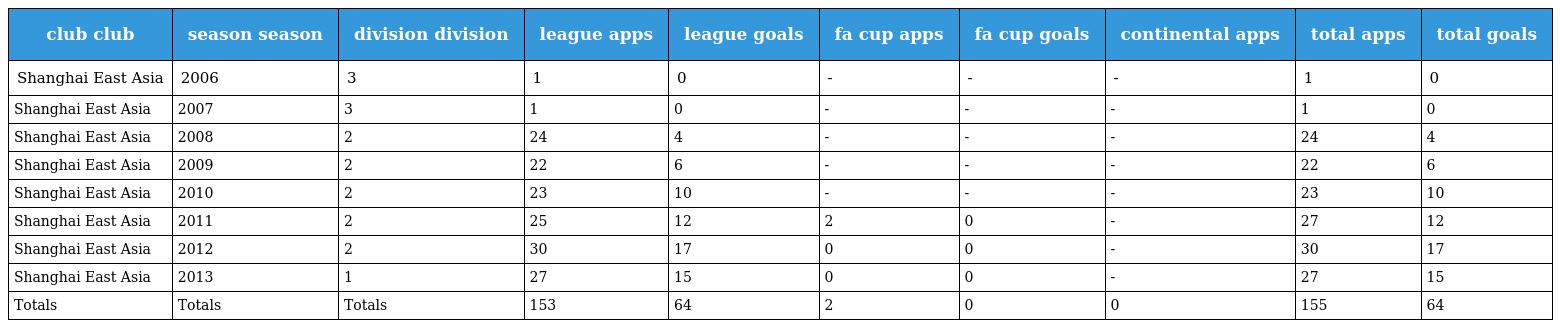
| club club | season season | division division | league apps | league goals | fa cup apps | fa cup goals | continental apps | total apps | total goals |
 | --- | --- | --- | --- | --- | --- | --- | --- | --- | --- |
 | Shanghai East Asia | 2006 | 3 | 1 | 0 | - | - | - | 1 | 0 |
 | Shanghai East Asia | 2007 | 3 | 1 | 0 | - | - | - | 1 | 0 |
 | Shanghai East Asia | 2008 | 2 | 24 | 4 | - | - | - | 24 | 4 |
 | Shanghai East Asia | 2009 | 2 | 22 | 6 | - | - | - | 22 | 6 |
 | Shanghai East Asia | 2010 | 2 | 23 | 10 | - | - | - | 23 | 10 |
 | Shanghai East Asia | 2011 | 2 | 25 | 12 | 2 | 0 | - | 27 | 12 |
 | Shanghai East Asia | 2012 | 2 | 30 | 17 | 0 | 0 | - | 30 | 17 |
 | Shanghai East Asia | 2013 | 1 | 27 | 15 | 0 | 0 | - | 27 | 15 |
 | Totals | Totals | Totals | 153 | 64 | 2 | 0 | 0 | 155 | 64 |